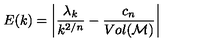
E ( k ) = \left| \frac { \lambda _ { k } } { k ^ { 2 / n } } - \frac { c _ { n } } { V o l ( { \cal M } ) } \right|